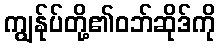
ကျွန်ုပ်တို့၏ဝဘ်ဆိုဒ်ကို